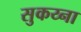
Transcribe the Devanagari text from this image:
सुकय्ना